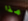
هذا